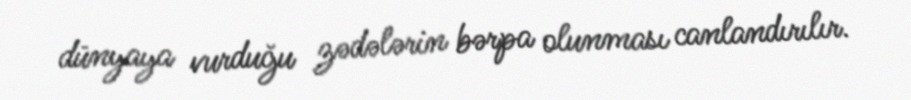
dünyaya vurduğu zədələrin bərpa olunması canlandırılır.